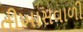
તીખાસવાળી